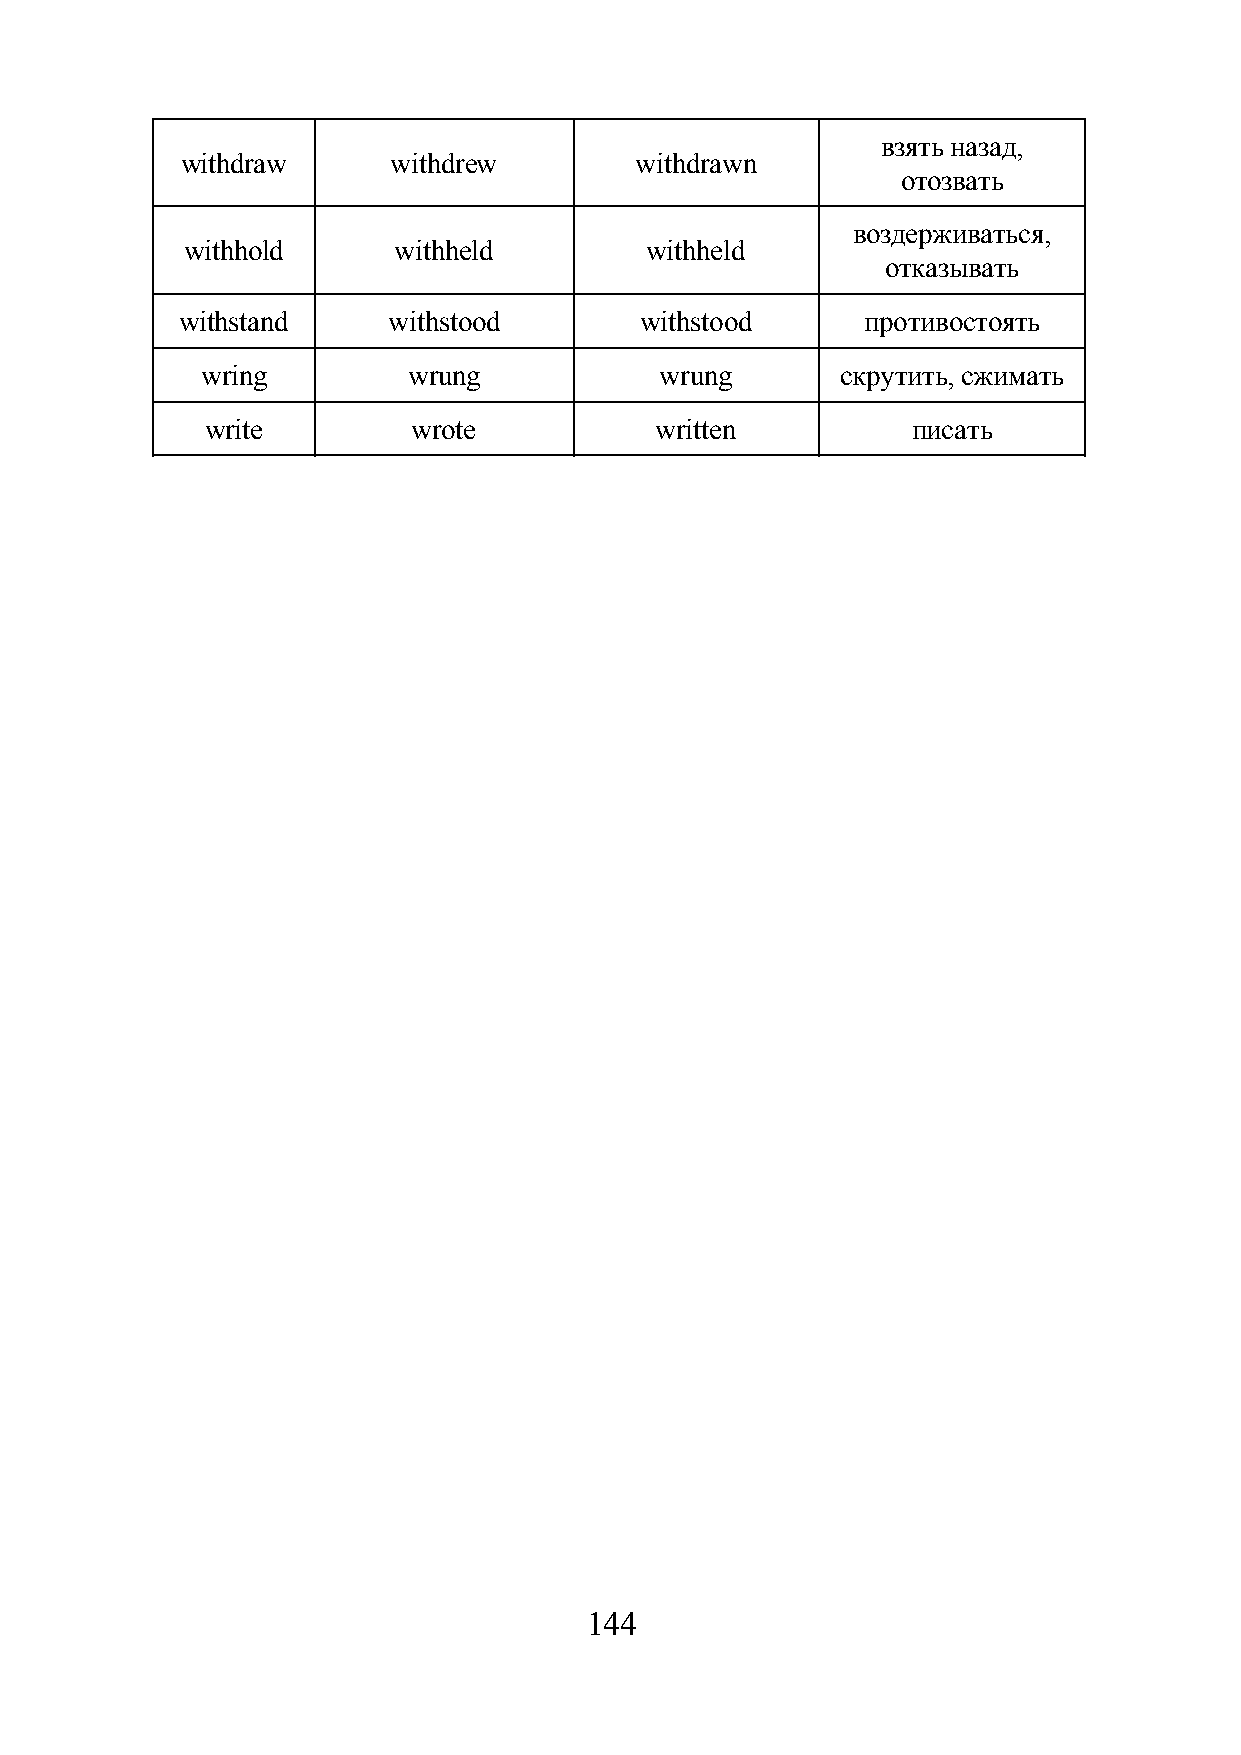
взять назад,
 withdraw      withdrew        withdrawn
 отозвать
 воздерживаться,
 withhold      withheld         withheld
 отказывать
 withstand     withstood       withstood      противостоять
 wring         wrung            wrung       скрутить, сжимать
 write        wrote           written          писать
 144